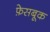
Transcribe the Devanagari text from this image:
फ़ेसबूक